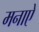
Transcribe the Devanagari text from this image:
मनाऐ